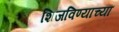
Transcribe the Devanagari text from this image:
शिजविण्याच्या